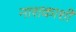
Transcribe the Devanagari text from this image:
नाशकाशी